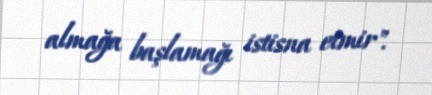
almağa başlamağı istisna etmir".